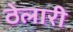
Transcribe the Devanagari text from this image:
ठेलारी